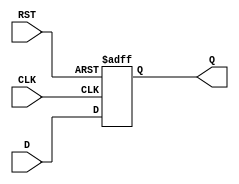
module StoreRegister (
    input wire [N-1:0] D,      // Data input (N-bit wide)
    input wire CLK,             // Clock signal
    input wire RST,             // Asynchronous reset
    output reg [N-1:0] Q        // Data output (N-bit wide)
);
    parameter N = 8;            // Define the width of the register (default is 8 bits)

    // Asynchronous reset and synchronous data capture
    always @(posedge CLK or posedge RST) begin
        if (RST) begin
            Q <= {N{1'b0}};      // Clear the register (set to 0)
        end else begin
            Q <= D;              // Capture the input data on the rising edge of the clock
        end
    end
endmodule